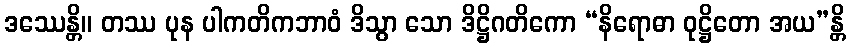
ဒဿေန္တိ။ တဿ ပုန ပါကတိကဘာဝံ ဒိသွာ သော ဒိဋ္ဌိဂတိကော “နိရောဓာ ဝုဋ္ဌိတော အယ”န္တိ